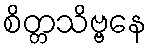
စိတ္တသိဗ္ဗနေ